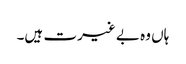
ہاں وہ بے غیرت ہیں۔